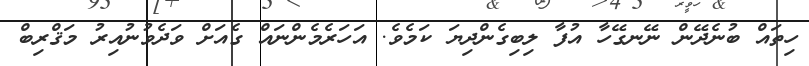
ހިތައް ބުނެދޭން ނޭނގޭހާ އުފާ ލިބިގެންދިޔަ ކަމެވެ. އަހަރެމެންނައް ގެއަށް ވަދެވުނުއިރު މަޤްރިބް